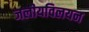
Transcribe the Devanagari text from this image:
जलीयविलयन